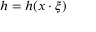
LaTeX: h = h ( x \cdot \xi )